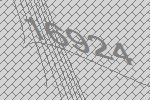
16924